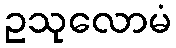
ဥသုလောမံ